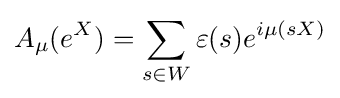
\displaystyle A_{\mu }(e^{X})=\sum _{s\in W}\varepsilon (s)e^{i\mu (sX)}